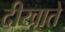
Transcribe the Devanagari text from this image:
दीखाते